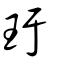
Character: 玗